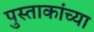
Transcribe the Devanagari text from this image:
पुस्ताकांच्या